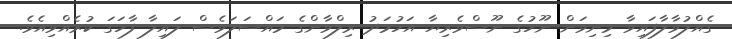
ގެއްލުވާލާފައިވާ މިނިވަން ނޫހުގެ ނޫސްވެރިޔާ އަހުމަދު ރިލްވާންގެ މައްސަލަވެސް ލައިލާ ފާހަގަ ކުރެއްވިއެވެ.